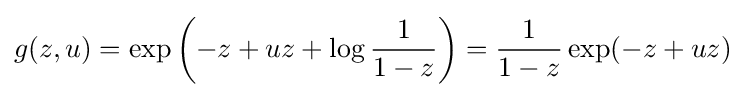
g(z,u)=\exp \left(-z+uz+\log {\frac {1}{1-z}}\right)={\frac {1}{1-z}}\exp(-z+uz)